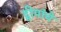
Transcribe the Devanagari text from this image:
द्वीपांचे